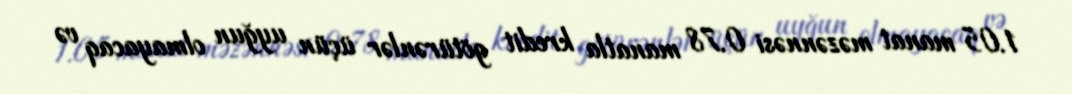
1.05 manat məzənnəsi 0.78 manatla kredit götürənlər üçün uyğun olmayacaq və